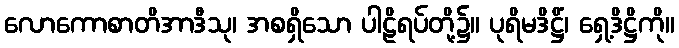
လောကောစာတိအာဒီသု၊ အစရှိသော ပါဠိရပ်တို့၌။ ပုရိမဒိဋ္ဌိံ၊ ရှေ့ဒိဋ္ဌိကို။